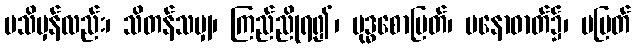
မသိမှန်လည်း၊ သိတန်သမျှ၊ ကြည်ညိုရ၍၊ ဗုဒ္ဓစောမြတ်၊ မနောဓာတ်၌၊ မပြတ်